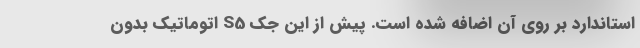
استاندارد بر روی آن اضافه شده است. پیش از این جک S5 اتوماتیک بدون